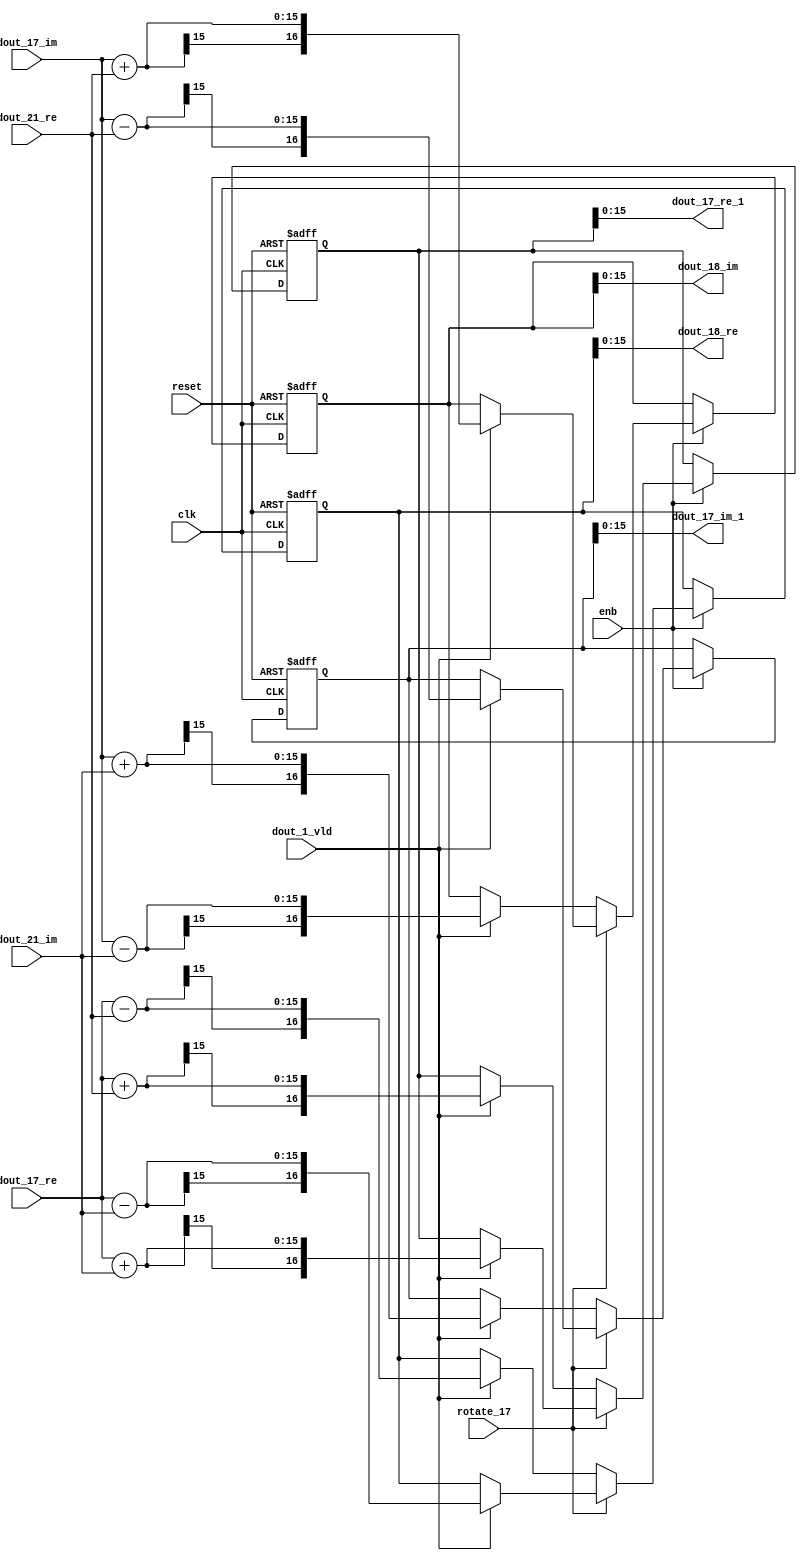
// -------------------------------------------------------------
// 
// 
// Generated by MATLAB 9.14 and HDL Coder 4.1
// 
// -------------------------------------------------------------


// -------------------------------------------------------------
// 
// Module: RADIX22FFT_SDNF2_4_block7
// Source Path: RSP/RSP/Velocity Processor/Doppler Processing/Doppler Processor/FFT/RADIX22FFT_SDNF2_4
// Hierarchy Level: 5
// 
// -------------------------------------------------------------

`timescale 1 ns / 1 ns

module RADIX22FFT_SDNF2_4_block7
          (clk,
           reset,
           enb,
           rotate_17,
           dout_17_re,
           dout_17_im,
           dout_21_re,
           dout_21_im,
           dout_1_vld,
           dout_17_re_1,
           dout_17_im_1,
           dout_18_re,
           dout_18_im);


  input   clk;
  input   reset;
  input   enb;
  input   rotate_17;  // ufix1
  input   signed [14:0] dout_17_re;  // sfix15_En10
  input   signed [14:0] dout_17_im;  // sfix15_En10
  input   signed [14:0] dout_21_re;  // sfix15_En10
  input   signed [14:0] dout_21_im;  // sfix15_En10
  input   dout_1_vld;
  output  signed [15:0] dout_17_re_1;  // sfix16_En10
  output  signed [15:0] dout_17_im_1;  // sfix16_En10
  output  signed [15:0] dout_18_re;  // sfix16_En10
  output  signed [15:0] dout_18_im;  // sfix16_En10


  wire signed [15:0] din1_re;  // sfix16_En10
  wire signed [15:0] din1_im;  // sfix16_En10
  wire signed [15:0] din2_re;  // sfix16_En10
  wire signed [15:0] din2_im;  // sfix16_En10
  reg  Radix22ButterflyG2_NF_din_vld_dly;
  reg signed [16:0] Radix22ButterflyG2_NF_btf1_re_reg;  // sfix17
  reg signed [16:0] Radix22ButterflyG2_NF_btf1_im_reg;  // sfix17
  reg signed [16:0] Radix22ButterflyG2_NF_btf2_re_reg;  // sfix17
  reg signed [16:0] Radix22ButterflyG2_NF_btf2_im_reg;  // sfix17
  reg  Radix22ButterflyG2_NF_din_vld_dly_next;
  reg signed [16:0] Radix22ButterflyG2_NF_btf1_re_reg_next;  // sfix17_En10
  reg signed [16:0] Radix22ButterflyG2_NF_btf1_im_reg_next;  // sfix17_En10
  reg signed [16:0] Radix22ButterflyG2_NF_btf2_re_reg_next;  // sfix17_En10
  reg signed [16:0] Radix22ButterflyG2_NF_btf2_im_reg_next;  // sfix17_En10
  reg signed [15:0] dout_17_re_2;  // sfix16_En10
  reg signed [15:0] dout_17_im_2;  // sfix16_En10
  reg signed [15:0] dout_18_re_1;  // sfix16_En10
  reg signed [15:0] dout_18_im_1;  // sfix16_En10
  reg  dout_4_vld;
  reg signed [16:0] Radix22ButterflyG2_NF_add_cast;  // sfix17_En10
  reg signed [16:0] Radix22ButterflyG2_NF_add_cast_0;  // sfix17_En10
  reg signed [16:0] Radix22ButterflyG2_NF_add_cast_1;  // sfix17_En10
  reg signed [16:0] Radix22ButterflyG2_NF_add_cast_2;  // sfix17_En10
  reg signed [16:0] Radix22ButterflyG2_NF_sub_cast;  // sfix17_En10
  reg signed [16:0] Radix22ButterflyG2_NF_sub_cast_0;  // sfix17_En10
  reg signed [16:0] Radix22ButterflyG2_NF_sub_cast_1;  // sfix17_En10
  reg signed [16:0] Radix22ButterflyG2_NF_sub_cast_2;  // sfix17_En10
  reg signed [16:0] Radix22ButterflyG2_NF_add_cast_3;  // sfix17_En10
  reg signed [16:0] Radix22ButterflyG2_NF_add_cast_4;  // sfix17_En10
  reg signed [16:0] Radix22ButterflyG2_NF_add_cast_5;  // sfix17_En10
  reg signed [16:0] Radix22ButterflyG2_NF_add_cast_6;  // sfix17_En10
  reg signed [16:0] Radix22ButterflyG2_NF_sub_cast_3;  // sfix17_En10
  reg signed [16:0] Radix22ButterflyG2_NF_sub_cast_4;  // sfix17_En10
  reg signed [16:0] Radix22ButterflyG2_NF_sub_cast_5;  // sfix17_En10
  reg signed [16:0] Radix22ButterflyG2_NF_sub_cast_6;  // sfix17_En10


  assign din1_re = {dout_17_re[14], dout_17_re};



  assign din1_im = {dout_17_im[14], dout_17_im};



  assign din2_re = {dout_21_re[14], dout_21_re};



  assign din2_im = {dout_21_im[14], dout_21_im};



  // Radix22ButterflyG2_NF
  always @(posedge clk or posedge reset)
    begin : Radix22ButterflyG2_NF_process
      if (reset == 1'b1) begin
        Radix22ButterflyG2_NF_din_vld_dly <= 1'b0;
        Radix22ButterflyG2_NF_btf1_re_reg <= 17'sb00000000000000000;
        Radix22ButterflyG2_NF_btf1_im_reg <= 17'sb00000000000000000;
        Radix22ButterflyG2_NF_btf2_re_reg <= 17'sb00000000000000000;
        Radix22ButterflyG2_NF_btf2_im_reg <= 17'sb00000000000000000;
      end
      else begin
        if (enb) begin
          Radix22ButterflyG2_NF_din_vld_dly <= Radix22ButterflyG2_NF_din_vld_dly_next;
          Radix22ButterflyG2_NF_btf1_re_reg <= Radix22ButterflyG2_NF_btf1_re_reg_next;
          Radix22ButterflyG2_NF_btf1_im_reg <= Radix22ButterflyG2_NF_btf1_im_reg_next;
          Radix22ButterflyG2_NF_btf2_re_reg <= Radix22ButterflyG2_NF_btf2_re_reg_next;
          Radix22ButterflyG2_NF_btf2_im_reg <= Radix22ButterflyG2_NF_btf2_im_reg_next;
        end
      end
    end

  always @(Radix22ButterflyG2_NF_btf1_im_reg, Radix22ButterflyG2_NF_btf1_re_reg,
       Radix22ButterflyG2_NF_btf2_im_reg, Radix22ButterflyG2_NF_btf2_re_reg,
       Radix22ButterflyG2_NF_din_vld_dly, din1_im, din1_re, din2_im, din2_re,
       dout_1_vld, rotate_17) begin
    Radix22ButterflyG2_NF_add_cast_1 = 17'sb00000000000000000;
    Radix22ButterflyG2_NF_add_cast_2 = 17'sb00000000000000000;
    Radix22ButterflyG2_NF_sub_cast_1 = 17'sb00000000000000000;
    Radix22ButterflyG2_NF_sub_cast_2 = 17'sb00000000000000000;
    Radix22ButterflyG2_NF_add_cast_5 = 17'sb00000000000000000;
    Radix22ButterflyG2_NF_add_cast_6 = 17'sb00000000000000000;
    Radix22ButterflyG2_NF_sub_cast_5 = 17'sb00000000000000000;
    Radix22ButterflyG2_NF_sub_cast_6 = 17'sb00000000000000000;
    Radix22ButterflyG2_NF_add_cast = 17'sb00000000000000000;
    Radix22ButterflyG2_NF_add_cast_0 = 17'sb00000000000000000;
    Radix22ButterflyG2_NF_sub_cast = 17'sb00000000000000000;
    Radix22ButterflyG2_NF_sub_cast_0 = 17'sb00000000000000000;
    Radix22ButterflyG2_NF_add_cast_3 = 17'sb00000000000000000;
    Radix22ButterflyG2_NF_add_cast_4 = 17'sb00000000000000000;
    Radix22ButterflyG2_NF_sub_cast_3 = 17'sb00000000000000000;
    Radix22ButterflyG2_NF_sub_cast_4 = 17'sb00000000000000000;
    Radix22ButterflyG2_NF_btf1_re_reg_next = Radix22ButterflyG2_NF_btf1_re_reg;
    Radix22ButterflyG2_NF_btf1_im_reg_next = Radix22ButterflyG2_NF_btf1_im_reg;
    Radix22ButterflyG2_NF_btf2_re_reg_next = Radix22ButterflyG2_NF_btf2_re_reg;
    Radix22ButterflyG2_NF_btf2_im_reg_next = Radix22ButterflyG2_NF_btf2_im_reg;
    Radix22ButterflyG2_NF_din_vld_dly_next = dout_1_vld;
    if (rotate_17 != 1'b0) begin
      if (dout_1_vld) begin
        Radix22ButterflyG2_NF_add_cast_1 = {din1_re[15], din1_re};
        Radix22ButterflyG2_NF_add_cast_2 = {din2_im[15], din2_im};
        Radix22ButterflyG2_NF_btf1_re_reg_next = Radix22ButterflyG2_NF_add_cast_1 + Radix22ButterflyG2_NF_add_cast_2;
        Radix22ButterflyG2_NF_sub_cast_1 = {din1_re[15], din1_re};
        Radix22ButterflyG2_NF_sub_cast_2 = {din2_im[15], din2_im};
        Radix22ButterflyG2_NF_btf2_re_reg_next = Radix22ButterflyG2_NF_sub_cast_1 - Radix22ButterflyG2_NF_sub_cast_2;
        Radix22ButterflyG2_NF_add_cast_5 = {din1_im[15], din1_im};
        Radix22ButterflyG2_NF_add_cast_6 = {din2_re[15], din2_re};
        Radix22ButterflyG2_NF_btf2_im_reg_next = Radix22ButterflyG2_NF_add_cast_5 + Radix22ButterflyG2_NF_add_cast_6;
        Radix22ButterflyG2_NF_sub_cast_5 = {din1_im[15], din1_im};
        Radix22ButterflyG2_NF_sub_cast_6 = {din2_re[15], din2_re};
        Radix22ButterflyG2_NF_btf1_im_reg_next = Radix22ButterflyG2_NF_sub_cast_5 - Radix22ButterflyG2_NF_sub_cast_6;
      end
    end
    else if (dout_1_vld) begin
      Radix22ButterflyG2_NF_add_cast = {din1_re[15], din1_re};
      Radix22ButterflyG2_NF_add_cast_0 = {din2_re[15], din2_re};
      Radix22ButterflyG2_NF_btf1_re_reg_next = Radix22ButterflyG2_NF_add_cast + Radix22ButterflyG2_NF_add_cast_0;
      Radix22ButterflyG2_NF_sub_cast = {din1_re[15], din1_re};
      Radix22ButterflyG2_NF_sub_cast_0 = {din2_re[15], din2_re};
      Radix22ButterflyG2_NF_btf2_re_reg_next = Radix22ButterflyG2_NF_sub_cast - Radix22ButterflyG2_NF_sub_cast_0;
      Radix22ButterflyG2_NF_add_cast_3 = {din1_im[15], din1_im};
      Radix22ButterflyG2_NF_add_cast_4 = {din2_im[15], din2_im};
      Radix22ButterflyG2_NF_btf1_im_reg_next = Radix22ButterflyG2_NF_add_cast_3 + Radix22ButterflyG2_NF_add_cast_4;
      Radix22ButterflyG2_NF_sub_cast_3 = {din1_im[15], din1_im};
      Radix22ButterflyG2_NF_sub_cast_4 = {din2_im[15], din2_im};
      Radix22ButterflyG2_NF_btf2_im_reg_next = Radix22ButterflyG2_NF_sub_cast_3 - Radix22ButterflyG2_NF_sub_cast_4;
    end
    dout_17_re_2 = Radix22ButterflyG2_NF_btf1_re_reg[15:0];
    dout_17_im_2 = Radix22ButterflyG2_NF_btf1_im_reg[15:0];
    dout_18_re_1 = Radix22ButterflyG2_NF_btf2_re_reg[15:0];
    dout_18_im_1 = Radix22ButterflyG2_NF_btf2_im_reg[15:0];
    dout_4_vld = Radix22ButterflyG2_NF_din_vld_dly;
  end



  assign dout_17_re_1 = dout_17_re_2;

  assign dout_17_im_1 = dout_17_im_2;

  assign dout_18_re = dout_18_re_1;

  assign dout_18_im = dout_18_im_1;

endmodule  // RADIX22FFT_SDNF2_4_block7